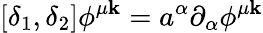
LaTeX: [\delta_{1},\delta_{2}]\phi^{\mu\mathbf{k}}=a^{\alpha}\partial_{\alpha}\phi^{\mu\mathbf{k}}